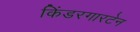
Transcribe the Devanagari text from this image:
किंडरगारटेन